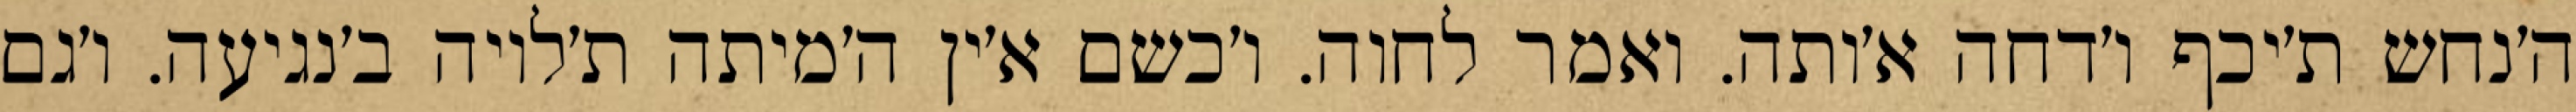
ה׳נחש ת׳יכף ו׳דחה א׳ותה. ואמר לחוה. ו׳כשם א׳ין ה׳מיתה ת׳לויה ב׳נגיעה. ו׳גם